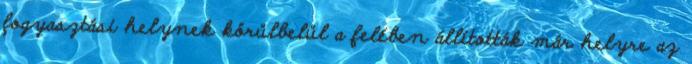
fogyasztási helynek körülbelül a felében állították már helyre az